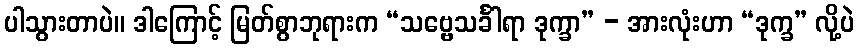
ပါသွားတာပဲ။ ဒါကြောင့် မြတ်စွာဘုရားက “သဗ္ဗေသင်္ခါရာ ဒုက္ခာ” - အားလုံးဟာ “ဒုက္ခ” လို့ပဲ